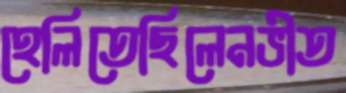
হেলিতেছিলেনভীত